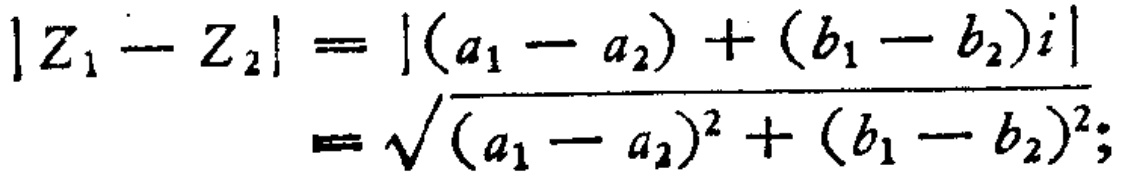
\[

\begin{align*}

|Z_1 - Z_2|&=|(a_1 - a_2)+(b_1 - b_2)i|\\

&=\sqrt{(a_1 - a_2)^2+(b_1 - b_2)^2};

\end{align*}

\]